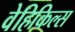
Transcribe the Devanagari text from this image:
वेहिकिल्स